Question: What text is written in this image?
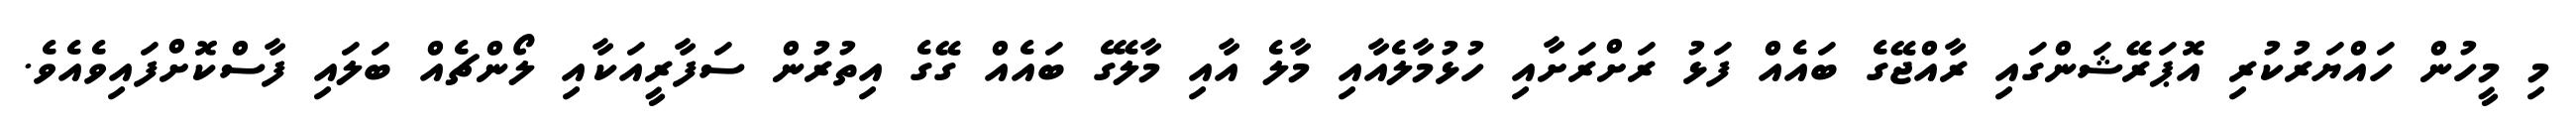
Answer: މި މީހުން ހައްޔަރުކުރި އޮޕަރޭޝަންގައި ރާއްޖޭގެ ބައެއް ފަޅު ރަށްރަށާއި ހުޅުމާލެއާއި މާލެ އާއި މާލޭގެ ބައެއް ގޭގެ އިތުރުން ސަފާރީއަކާއި ލޯންޗެއް ބަލައި ފާސްކޮށްފައިވެއެވެ.